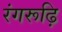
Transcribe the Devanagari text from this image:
रंगरूढ़ि